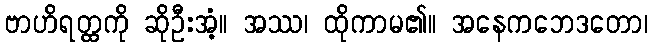
ဗာဟိရတ္ထကို ဆိုဦးအံ့။ အဿ၊ ထိုကာမ၏။ အနေကဘေဒတော၊